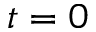
t = 0